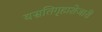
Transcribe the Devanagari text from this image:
वसतिगृहाशेजारी